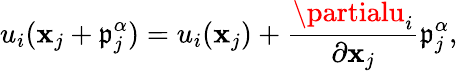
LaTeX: u_{i}(\mathbf{x}_{j}+\mathfrak{p}_{j}^{\alpha})=u_{i}(\mathbf{x}_{j})+\frac{{\partialu_{i}}}{{\partial\mathbf{x}_{j}}}\mathfrak{p}_{j}^{\alpha},